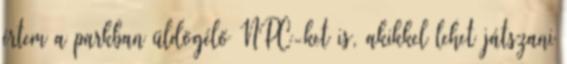
értem a parkban üldögélő NPC-ket is, akikkel lehet játszani